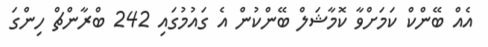
އެއް ބޭންކް ކަމަށްވާ ކޮމާޝަލް ބޭންކުން އެ ގައުމުގައި 242 ބްރާންޗް ހިންގަ